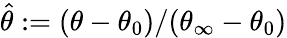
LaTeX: \hat{\theta}:=(\theta-\theta_{0})/(\theta_{\infty}-\theta_{0})